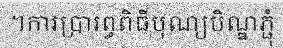
។ការប្រារព្ធពិធីបុណ្យបិណ្ឌភ្ជុំ